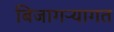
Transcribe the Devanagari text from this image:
बिजागऱ्यागत